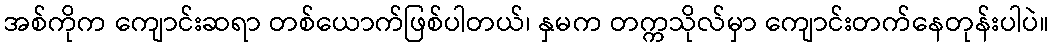
အစ်ကိုက ကျောင်းဆရာ တစ်ယောက်ဖြစ်ပါတယ်၊ နှမက တက္ကသိုလ်မှာ ကျောင်းတက်နေတုန်းပါပဲ။